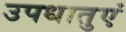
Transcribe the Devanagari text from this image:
उपधातुएं